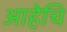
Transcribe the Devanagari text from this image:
आहेचि